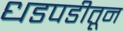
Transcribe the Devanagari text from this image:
धडपडीतून